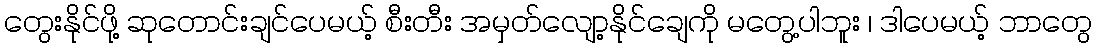
တွေးနိုင်ဖို့ ဆုတောင်းချင်ပေမယ့် စီးတီး အမှတ်လျော့နိုင်ချေကို မတွေ့ပါဘူး ၊ ဒါပေမယ့် ဘာတွေ